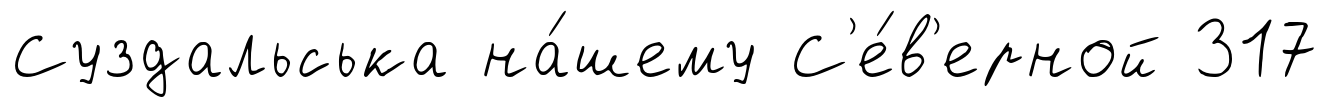
Суздальська на́шему С'е́в'ерной 317